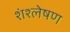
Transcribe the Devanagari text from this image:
शंश्लेषण